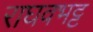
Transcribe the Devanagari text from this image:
राघवभट्ट